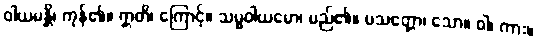
ဝါယမန္တိ၊ ကုန်၏။ ဣတိ၊ ကြောင့်။ သမ္မဝါယမော၊ မည်၏။ ပသတ္တော၊ သော။ ဝါ၊ ကား။